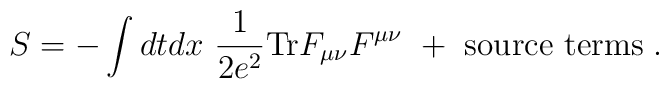
S=-\int dtdx~\frac{1}{2e^2}{\rm Tr}F_{\mu\nu}F^{\mu\nu}~+~{\rm source~terms} \; .